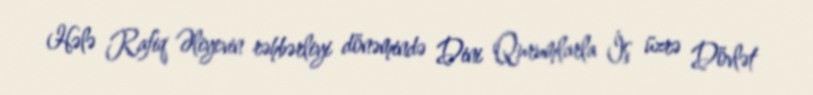
Hələ Rafiq Əliyevin rəhbərliyi dönəmində Dini Qurumlarla İş üzrə Dövlət